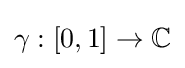
\gamma :[0,1]\to \mathbb {C}